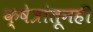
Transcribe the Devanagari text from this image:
क्षेत्रांतूनही